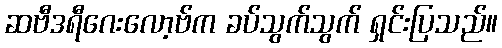
ဆဗီဒရီဂေးလော့ဗ်က ခပ်သွက်သွက် ရှင်းပြသည်။